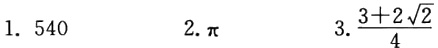
1. \(540\)

2. \(\pi\)

3. \(\frac{3 + 2\sqrt{2}}{4}\)